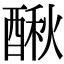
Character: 𨡲